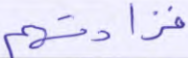
فزادتهم